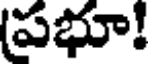
(పభూ!